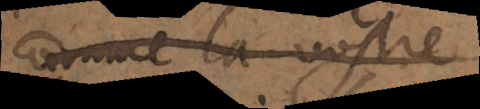
comme la vostre